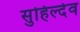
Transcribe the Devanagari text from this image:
सुहिल्देव